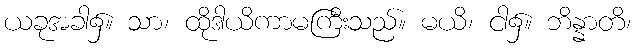
ယခုအခါ၌။ သာ၊ ထိုဒါယိကာမကြီးသည်။ မယိ၊ ငါ၌။ ဘိန္နာတိ၊